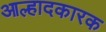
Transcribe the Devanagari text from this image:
आल्हादकारक